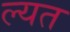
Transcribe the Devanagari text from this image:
ल्यत